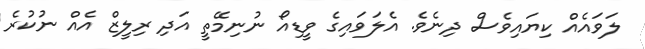
ލަވައެއް ކިޔައިވެސް ދިނެވެ. އެލަވައިގެ ވީޑިއޯ ނުނިމޭތީ އަދި ރިލީޒް އެއް ނުކުރެ